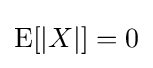
\operatorname {E} [|X|]=0